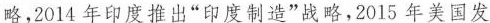
略，2014年印度推出”印度制造”发略，2015年美国发